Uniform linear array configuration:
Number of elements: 8
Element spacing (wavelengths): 1
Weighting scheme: exponential
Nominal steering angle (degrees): -30
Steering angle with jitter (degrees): -30.291
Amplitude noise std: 0.05
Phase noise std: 0.05

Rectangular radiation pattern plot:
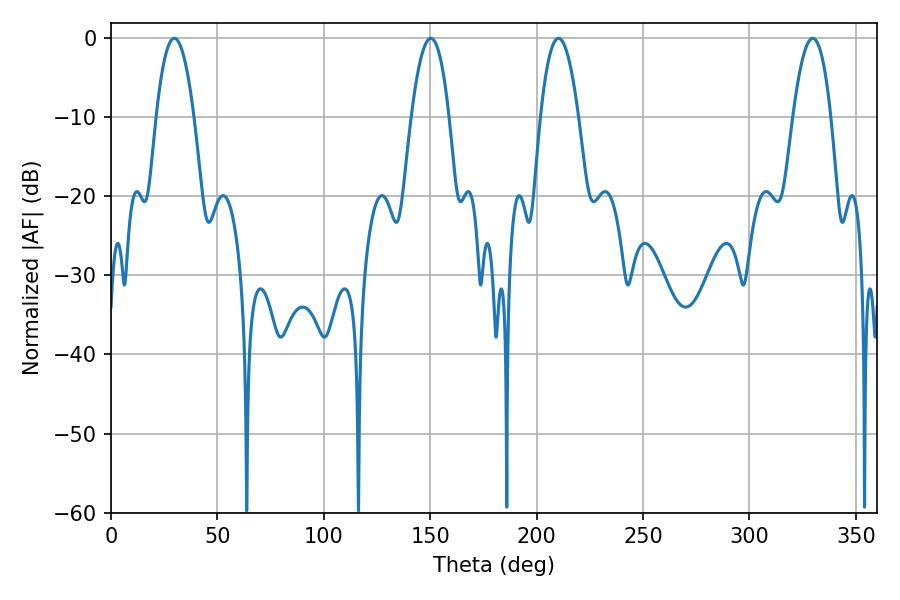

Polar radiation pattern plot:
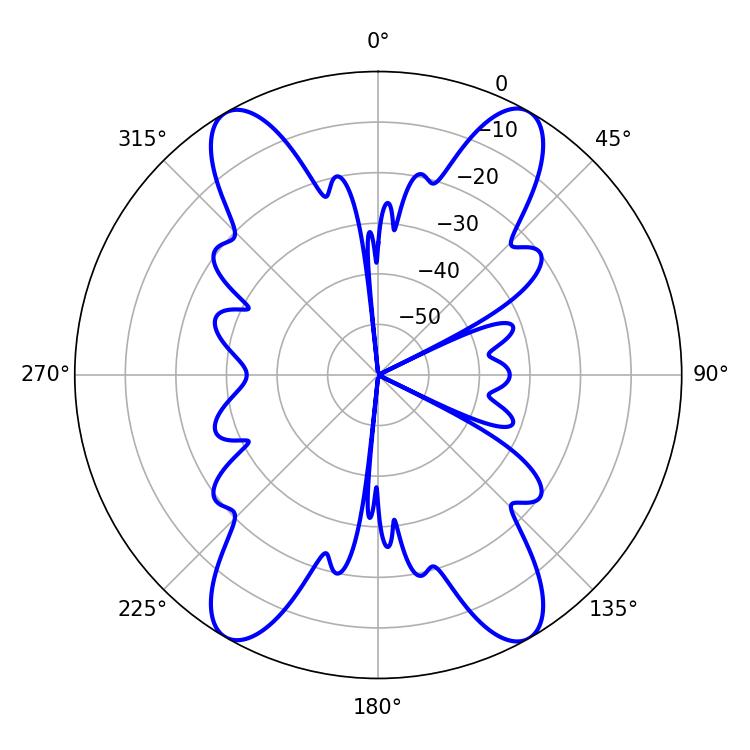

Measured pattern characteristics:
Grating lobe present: TRUE
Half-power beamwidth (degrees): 9.72
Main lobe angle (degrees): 210.24